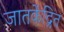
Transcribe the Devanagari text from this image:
जातकेंद्रित